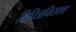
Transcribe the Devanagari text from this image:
विचित्रनिराशा